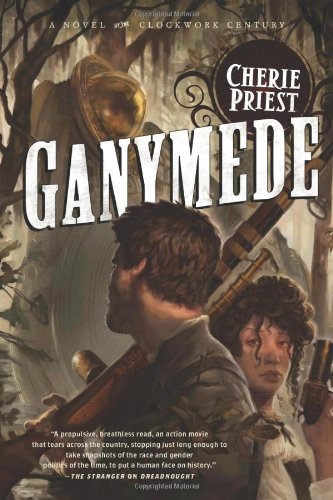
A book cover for Ganymede (The Clockwork Century); Cherie Priest; Science Fiction & Fantasy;